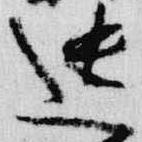
遺